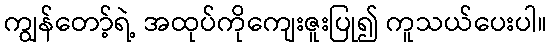
ကျွန်တော့်ရဲ့ အထုပ်ကိုကျေးဇူးပြု၍ ကူသယ်ပေးပါ။